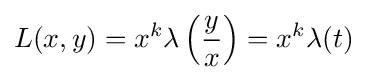
L(x,y)=x^{k}\lambda \left({\frac {y}{x}}\right)=x^{k}\lambda (t)